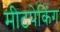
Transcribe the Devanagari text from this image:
मीटपेकिंग